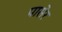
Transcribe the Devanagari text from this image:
पासेर